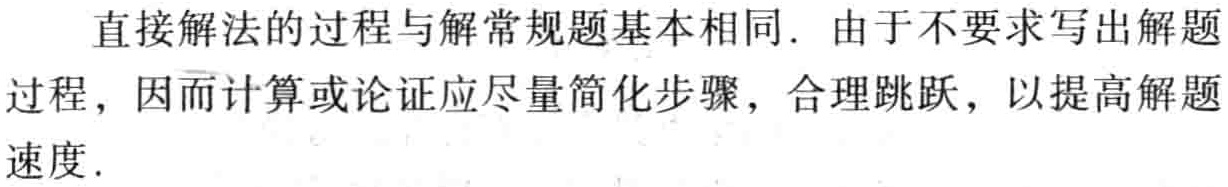
直接解法的过程与解常规题基本相同. 由于不要求写出解题过程，因而计算或论证应尽量简化步骤，合理跳跃，以提高解题速度.